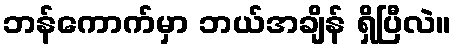
ဘန်ကောက်မှာ ဘယ်အချိန် ရှိပြီလဲ။